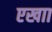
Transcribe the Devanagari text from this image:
एखाा